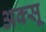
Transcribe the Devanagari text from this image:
अक्सू